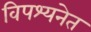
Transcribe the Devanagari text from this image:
विपश्यनेत